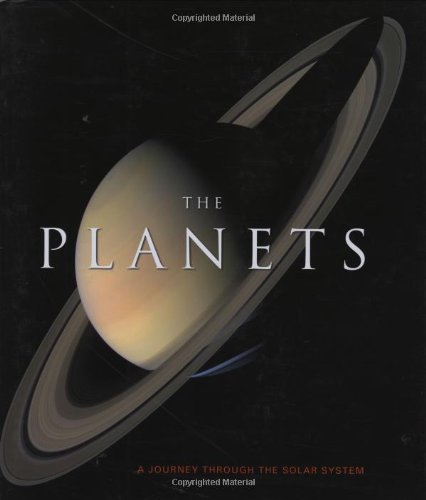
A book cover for The Planets: A Journey Through the Solar System; GILES SPARROW; Science & Math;